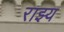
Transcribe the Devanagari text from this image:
राझ्य